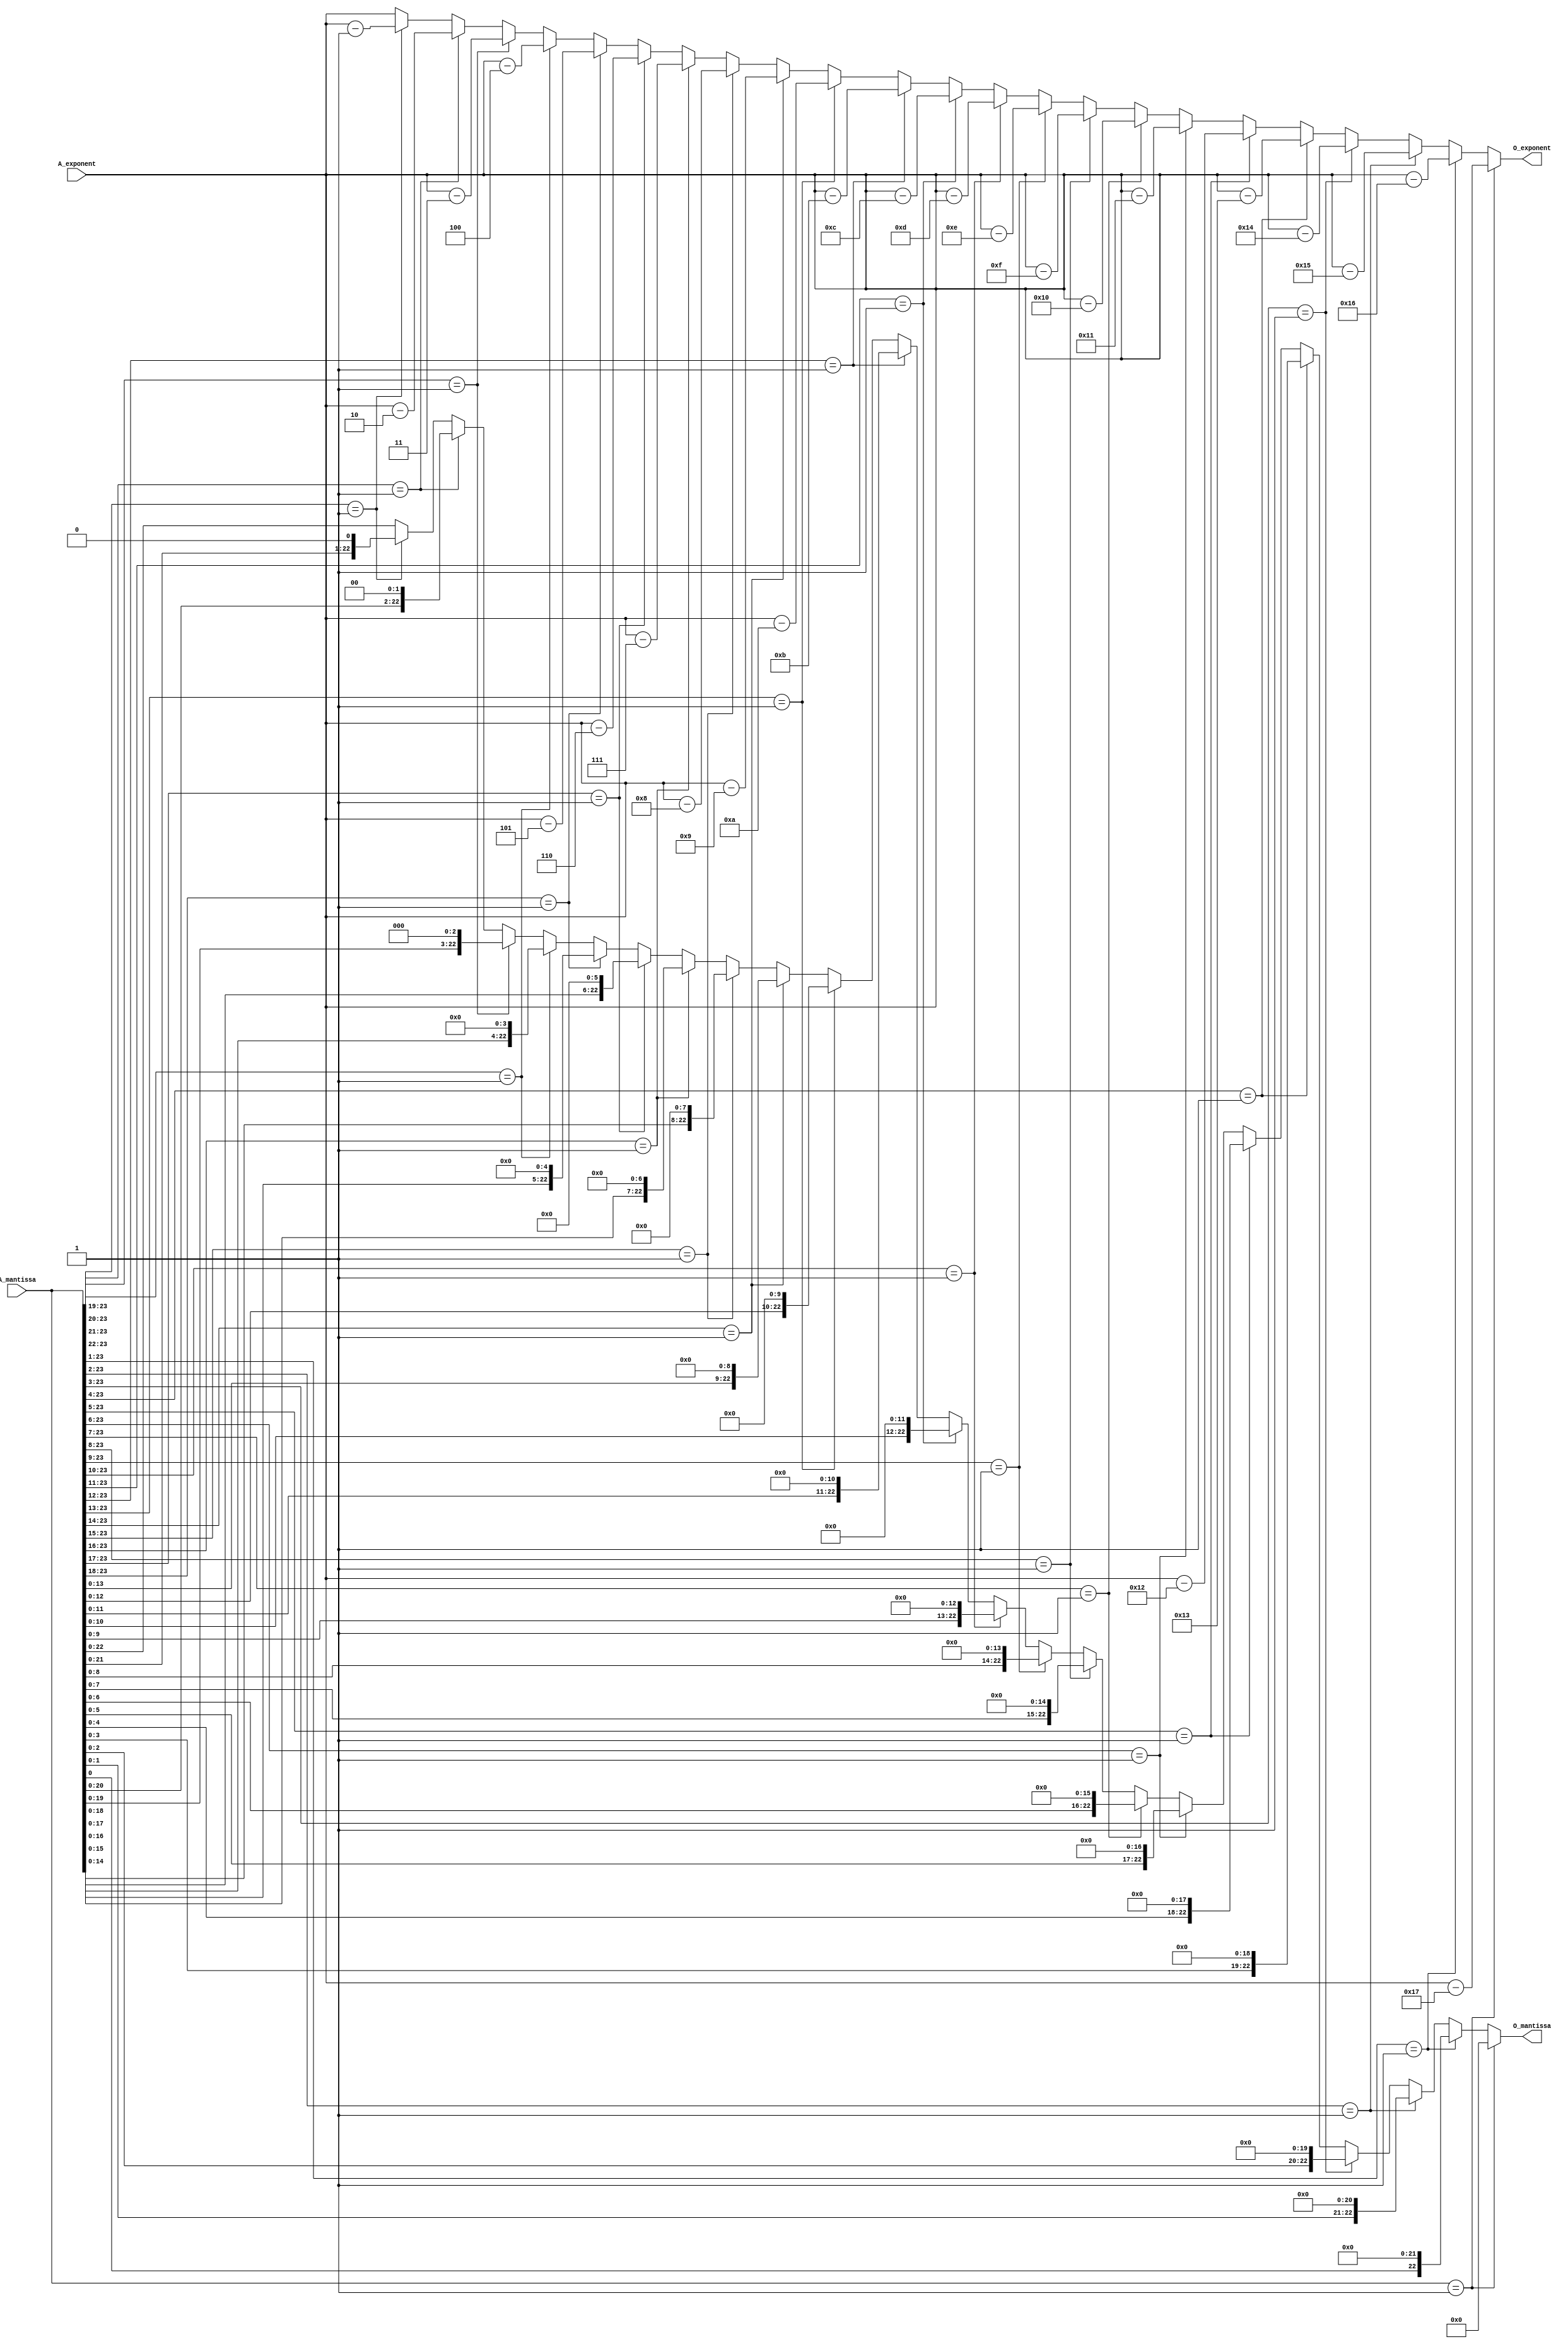
module normalizer
(input [23:0] A_mantissa,input [7:0] A_exponent, output  reg [22:0] O_mantissa ,output reg [7:0] O_exponent);


reg [23:0] temp_mantissa;

always @ (*)
begin 
    if(A_mantissa[23:0]==24'b000000000000000000000001)
    begin 
        temp_mantissa=A_mantissa<<23;
        O_exponent=A_exponent-23;
    end
    else if(A_mantissa[23:1]==23'b00000000000000000000001)
    begin 
        temp_mantissa=A_mantissa<<22;
        O_exponent=A_exponent-22;
    end
    else if(A_mantissa[23:2]==22'b0000000000000000000001)
    begin 
        temp_mantissa=A_mantissa<<21;
        O_exponent=A_exponent-21;
    end
    else if(A_mantissa[23:3]==21'b000000000000000000001)
    begin 
        temp_mantissa=A_mantissa<<20;
        O_exponent=A_exponent-20;
    end
    else if(A_mantissa[23:4]==20'b00000000000000000001)
    begin 
        temp_mantissa=A_mantissa<<19;
        O_exponent=A_exponent-19;
    end
    else if(A_mantissa[23:5]==19'b0000000000000000001)
    begin 
        temp_mantissa=A_mantissa<<18;
        O_exponent=A_exponent-18;
    end
    else if(A_mantissa[23:6]==18'b000000000000000001)
    begin 
        temp_mantissa=A_mantissa<<17;
        O_exponent=A_exponent-17;
    end
    else if(A_mantissa[23:7]==17'b00000000000000001)
    begin 
        temp_mantissa=A_mantissa<<16;
        O_exponent=A_exponent-16;
    end
    else if(A_mantissa[23:8]==16'b0000000000000001)
    begin 
        temp_mantissa=A_mantissa<<15;
        O_exponent=A_exponent-15;
    end
    else if(A_mantissa[23:9]==15'b000000000000001)
    begin 
        temp_mantissa=A_mantissa<<14;
        O_exponent=A_exponent-14;
    end
    else if(A_mantissa[23:10]==14'b00000000000001)
    begin 
        temp_mantissa=A_mantissa<<13;
        O_exponent=A_exponent-13;
    end
    else if(A_mantissa[23:11]==13'b0000000000001)
    begin 
        temp_mantissa=A_mantissa<<12;
        O_exponent=A_exponent-12;
    end
    else if(A_mantissa[23:12]==12'b000000000001)
    begin 
        temp_mantissa=A_mantissa<<11;
        O_exponent=A_exponent-11;
    end
    else if(A_mantissa[23:13]==11'b00000000001)
    begin 
        temp_mantissa=A_mantissa<<10;
        O_exponent=A_exponent-10;
    end
    else if(A_mantissa[23:14]==10'b0000000001)
    begin 
        temp_mantissa=A_mantissa<<9;
        O_exponent=A_exponent-9;
    end
    else if(A_mantissa[23:15]==9'b000000001)
    begin 
        temp_mantissa=A_mantissa<<8;
        O_exponent=A_exponent-8;
    end
    else if(A_mantissa[23:16]==8'b00000001)
    begin 
        temp_mantissa=A_mantissa<<7;
        O_exponent=A_exponent-7;
    end
    else if(A_mantissa[23:17]==7'b0000001)
    begin 
        temp_mantissa=A_mantissa<<6;
        O_exponent=A_exponent-6;
    end
    else if(A_mantissa[23:18]==6'b000001)
    begin 
        temp_mantissa=A_mantissa<<5;
        O_exponent=A_exponent-5;
    end
    else if(A_mantissa[23:19]==5'b00001)
    begin 
        temp_mantissa=A_mantissa<<4;
        O_exponent=A_exponent-4;
    end
    else if(A_mantissa[23:20]==4'b0001)
    begin 
        temp_mantissa=A_mantissa<<3;
        O_exponent=A_exponent-3;
    end
    else if(A_mantissa[23:21]==3'b001)
    begin 
        temp_mantissa=A_mantissa<<2;
        O_exponent=A_exponent-2;
    end
    else if(A_mantissa[23:22]==3'b01)
    begin 
        temp_mantissa=A_mantissa<<1;
        O_exponent=A_exponent-1;
    end
    else 
    begin
        temp_mantissa=A_mantissa;
        O_exponent=A_exponent;
    end 

O_mantissa=temp_mantissa[22:0];
end

     

endmodule


/********************* Code Ends here *****************************/